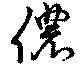
儂